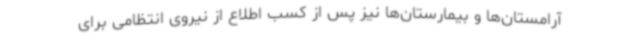
آرامستان‌ها و بیمارستان‌ها نیز پس از کسب اطلاع از نیروی انتظامی برای